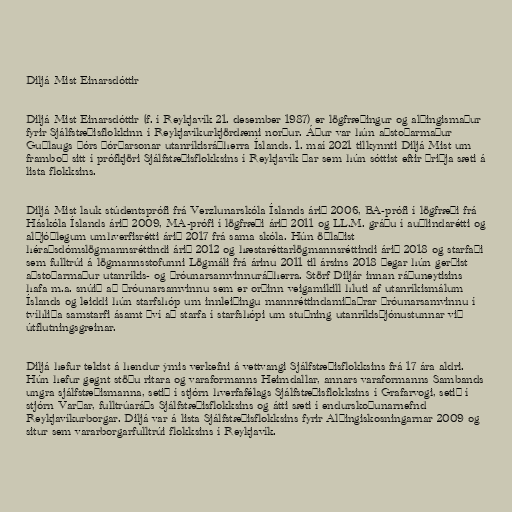
Diljá Mist Einarsdóttir

Diljá Mist Einarsdóttir (f. í Reykjavík 21. desember 1987) er lögfræðingur og alþingismaður
fyrir Sjálfstæðisflokkinn í Reykjavíkurkjördæmi norður. Áður var hún aðstoðarmaður
Guðlaugs Þórs Þórðarsonar utanríkisráðherra Íslands. 1. maí 2021 tilkynnti Diljá Mist um
framboð sitt í prófkjöri Sjálfstæðisflokksins í Reykjavík þar sem hún sóttist eftir þriðja sæti á
lista flokksins.

Diljá Mist lauk stúdentsprófi frá Verzlunarskóla Íslands árið 2006, BA-prófi í lögfræði frá
Háskóla Íslands árið 2009, MA-prófi í lögfræði árið 2011 og LL.M. gráðu í auðlindarétti og
alþjóðlegum umhverfisrétti árið 2017 frá sama skóla. Hún öðlaðist
héraðsdómslögmannsréttindi árið 2012 og hæstaréttarlögmannsréttindi árið 2018 og starfaði
sem fulltrúi á lögmannsstofunni Lögmáli frá árinu 2011 til ársins 2018 þegar hún gerðist
aðstoðarmaður utanríkis- og þróunarsamvinnuráðherra. Störf Diljár innan ráðuneytisins
hafa m.a. snúið að þróunarsamvinnu sem er orðinn veigamikill hluti af utanríkismálum
Íslands og leiddi hún starfshóp um innleiðingu mannréttindamiðaðrar þróunarsamvinnu í
tvíhliða samstarfi ásamt því að starfa í starfshópi um stuðning utanríkisþjónustunnar við
útflutningsgreinar.

Diljá hefur tekist á hendur ýmis verkefni á vettvangi Sjálfstæðisflokksins frá 17 ára aldri.
Hún hefur gegnt stöðu ritara og varaformanns Heimdallar, annars varaformanns Sambands
ungra sjálfstæðismanna, setið í stjórn hverfafélags Sjálfstæðisflokksins í Grafarvogi, setið í
stjórn Varðar, fulltrúaráðs Sjálfstæðisflokksins og átti sæti í endurskoðunarnefnd
Reykjavíkurborgar. Diljá var á lista Sjálfstæðisflokksins fyrir Alþingiskosningarnar 2009 og
situr sem vararborgarfulltrúi flokksins í Reykjavík.